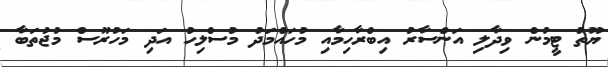
ޔޫތު ޓީމުން ވިދާލި އަންސާރު އިބްރާހިމާއި މުހައްމަދު މުސްލިހު އަދި މަހުރޫސް މުޖުތަބާ